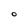
Character: O